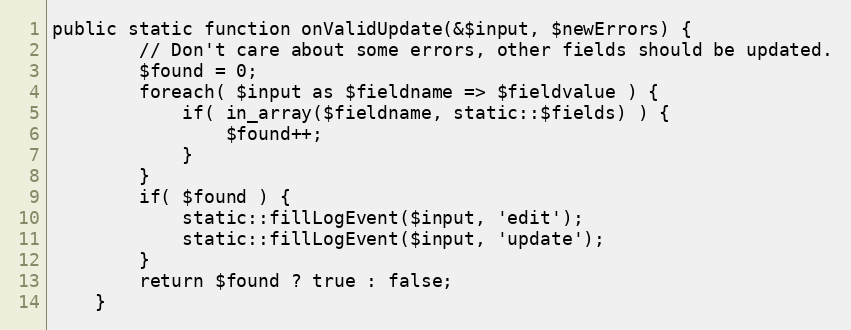
Language: PHP
public static function onValidUpdate(&$input, $newErrors) {
		// Don't care about some errors, other fields should be updated.
		$found = 0;
		foreach( $input as $fieldname => $fieldvalue ) {
			if( in_array($fieldname, static::$fields) ) {
				$found++;
			}
		}
		if( $found ) {
			static::fillLogEvent($input, 'edit');
			static::fillLogEvent($input, 'update');
		}
		return $found ? true : false;
	}